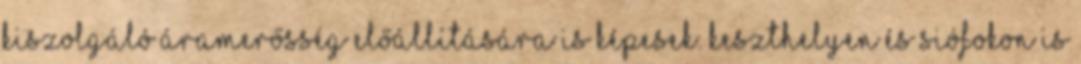
kiszolgáló áramerősség előállítására is képesek. Keszthelyen és Siófokon is